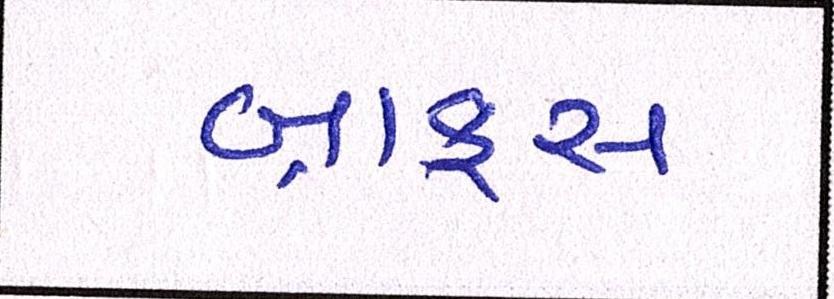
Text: બ્રાફુસ